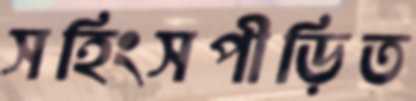
সহিংসপীড়িত